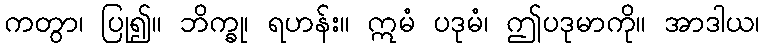
ကတွာ၊ ပြု၍။ ဘိက္ခု၊ ရဟန်း။ ဣမံ ပဒုမံ၊ ဤပဒုမာကို။ အာဒါယ၊